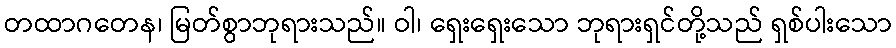
တထာဂတေန၊ မြတ်စွာဘုရားသည်။ ဝါ၊ ရှေးရှေးသော ဘုရားရှင်တို့သည် ရှစ်ပါးသော